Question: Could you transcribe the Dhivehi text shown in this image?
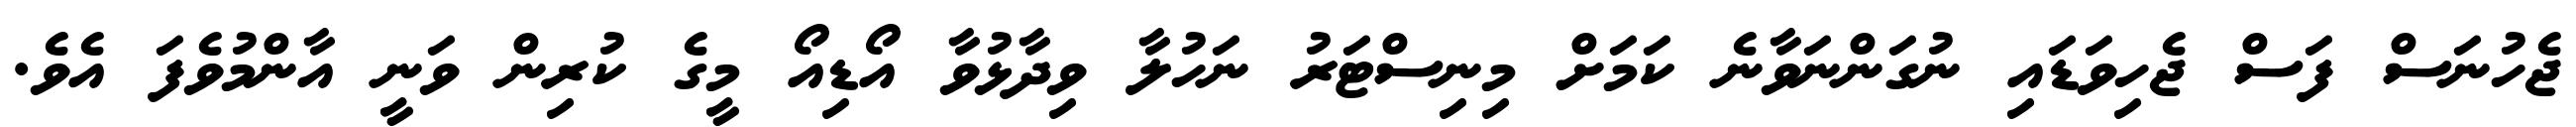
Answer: ޖެހުނަސް ފަސް ޖެހިވަޑައި ނުގަންނަވާނެ ކަމަށް މިނިސްޓަރު ނަހުލާ ވިދާޅުވާ އޯޑިއޯ މީގެ ކުރިން ވަނީ އާންމުވެފަ އެވެ.